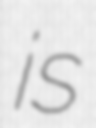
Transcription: is